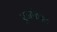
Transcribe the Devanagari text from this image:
एजफेस्ट